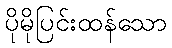
ပိုမိုပြင်းထန်သော